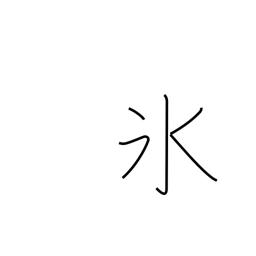
Meaning: freeze